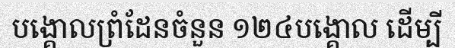
បង្គោលព្រំដែនចំនួន ១២៤បង្គោល ដើម្បី